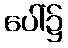
ပေါ်၌